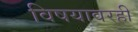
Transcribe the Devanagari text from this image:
विषयावरही